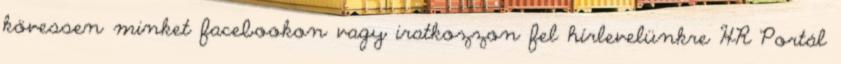
kövessen minket facebookon vagy iratkozzon fel hírlevelünkre HR Portál